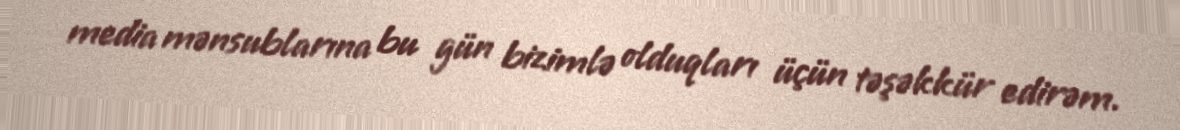
media mənsublarına bu gün bizimlə olduqları üçün təşəkkür edirəm.